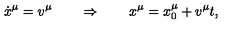
\dot { x } ^ { \mu } = v ^ { \mu } \qquad \Rightarrow \qquad x ^ { \mu } = x _ { 0 } ^ { \mu } + v ^ { \mu } t ,